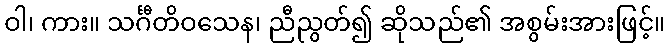
ဝါ၊ ကား။ သင်္ဂီတိဝသေန၊ ညီညွတ်၍ ဆိုသည်၏ အစွမ်းအားဖြင့်။